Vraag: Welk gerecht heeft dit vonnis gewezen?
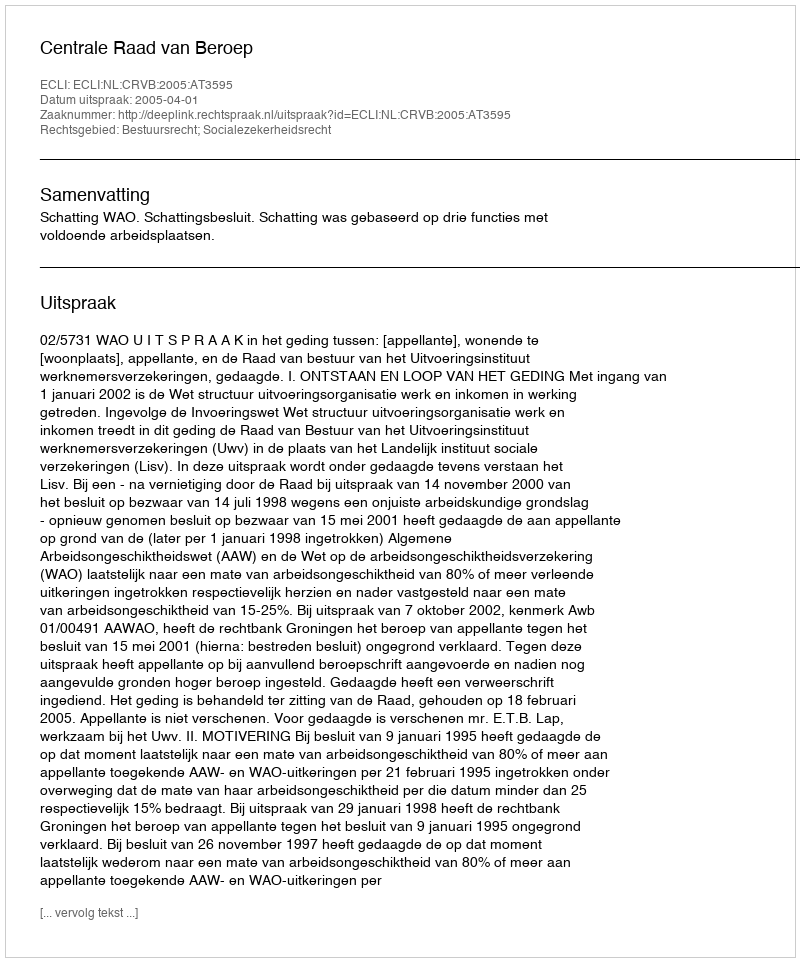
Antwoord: Centrale Raad van Beroep